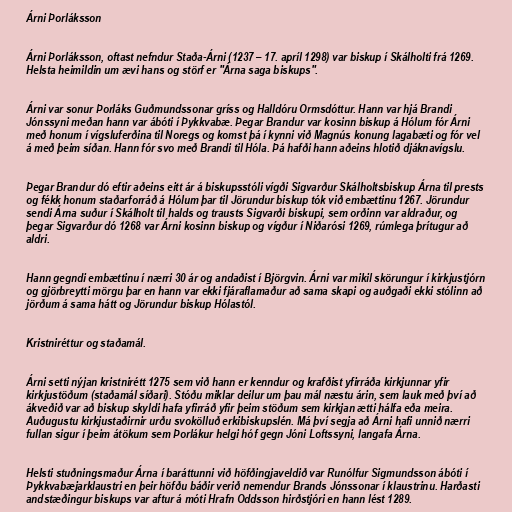
Árni Þorláksson

Árni Þorláksson, oftast nefndur Staða-Árni (1237 – 17. apríl 1298) var biskup í Skálholti frá 1269.
Helsta heimildin um ævi hans og störf er "Árna saga biskups".

Árni var sonur Þorláks Guðmundssonar gríss og Halldóru Ormsdóttur. Hann var hjá Brandi
Jónssyni meðan hann var ábóti í Þykkvabæ. Þegar Brandur var kosinn biskup á Hólum fór Árni
með honum í vígsluferðina til Noregs og komst þá í kynni við Magnús konung lagabæti og fór vel
á með þeim síðan. Hann fór svo með Brandi til Hóla. Þá hafði hann aðeins hlotið djáknavígslu.

Þegar Brandur dó eftir aðeins eitt ár á biskupsstóli vígði Sigvarður Skálholtsbiskup Árna til prests
og fékk honum staðarforráð á Hólum þar til Jörundur biskup tók við embættinu 1267. Jörundur
sendi Árna suður í Skálholt til halds og trausts Sigvarði biskupi, sem orðinn var aldraður, og
þegar Sigvarður dó 1268 var Árni kosinn biskup og vígður í Niðarósi 1269, rúmlega þrítugur að
aldri.

Hann gegndi embættinu í nærri 30 ár og andaðist í Björgvin. Árni var mikil skörungur í kirkjustjórn
og gjörbreytti mörgu þar en hann var ekki fjáraflamaður að sama skapi og auðgaði ekki stólinn að
jörðum á sama hátt og Jörundur biskup Hólastól.

Kristniréttur og staðamál.

Árni setti nýjan kristnirétt 1275 sem við hann er kenndur og krafðist yfirráða kirkjunnar yfir
kirkjustöðum (staðamál síðari). Stóðu miklar deilur um þau mál næstu árin, sem lauk með því að
ákveðið var að biskup skyldi hafa yfirráð yfir þeim stöðum sem kirkjan ætti hálfa eða meira.
Auðugustu kirkjustaðirnir urðu svokölluð erkibiskupslén. Má því segja að Árni hafi unnið nærri
fullan sigur í þeim átökum sem Þorlákur helgi hóf gegn Jóni Loftssyni, langafa Árna.

Helsti stuðningsmaður Árna í baráttunni við höfðingjaveldið var Runólfur Sigmundsson ábóti í
Þykkvabæjarklaustri en þeir höfðu báðir verið nemendur Brands Jónssonar í klaustrinu. Harðasti
andstæðingur biskups var aftur á móti Hrafn Oddsson hirðstjóri en hann lést 1289.